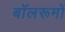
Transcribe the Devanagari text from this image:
बॉलरूमों